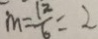
m = \frac { 1 2 } { 6 } = 2